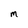
Character: m